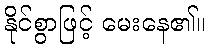
နိုင်စွာဖြင့် မေးနေ၏။